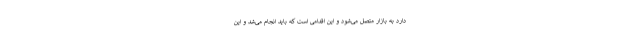
دارد به بازار متصل می‌شود و این اقدامی است که باید انجام می‌شد و این